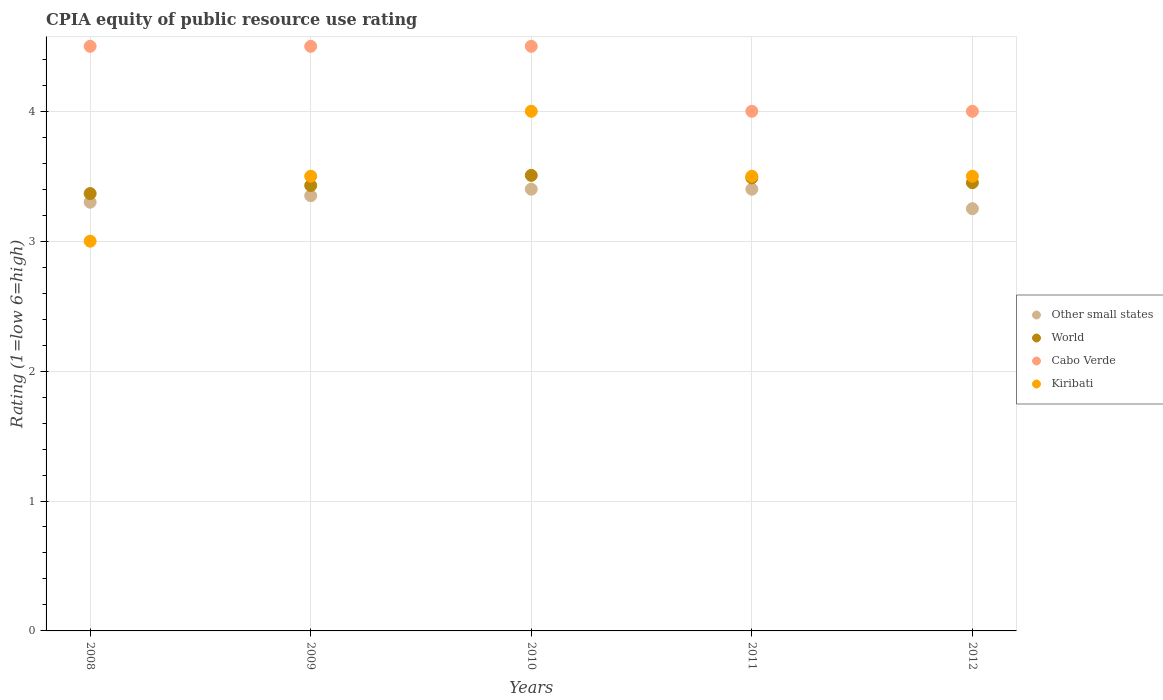
| Years | Other small states | World | Cabo Verde | Kiribati |
 | --- | --- | --- | --- | --- |
 | 2008 | 3.3 | 3.37 | 4.5 | 3 |
 | 2009 | 3.35 | 3.43 | 4.5 | 3.5 |
 | 2010 | 3.4 | 3.51 | 4.5 | 4 |
 | 2011 | 3.4 | 3.49 | 4 | 3.5 |
 | 2012 | 3.25 | 3.45 | 4 | 3.5 |